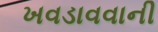
ખવડાવવાની